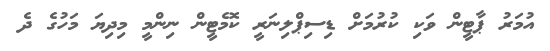
އުމަރު ޕާޓީން ވަކި ކުރުމަށް ޑިސިޕްލިނަރީ ކޮމެޓީން ނިންމީ މިދިޔަ މަހުގެ ދެ